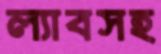
ল্যাবসহ